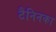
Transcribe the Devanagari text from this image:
टैनिनका